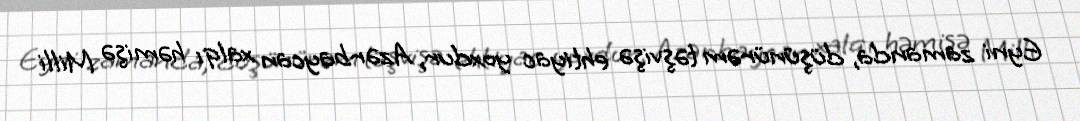
Eyni zamanda, düşünürəm təşvişə ehtiyac yoxdur, Azərbaycan xalqı həmişə Milli